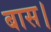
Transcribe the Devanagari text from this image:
बास।